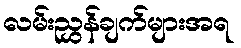
လမ်းညွှန်ချက်များအရ